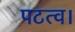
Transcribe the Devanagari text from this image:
पटत्व।